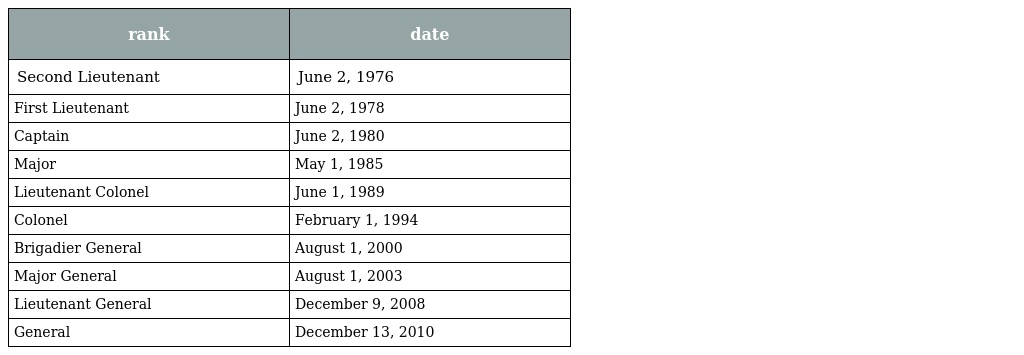
| rank | date |
 | --- | --- |
 | Second Lieutenant | June 2, 1976 |
 | First Lieutenant | June 2, 1978 |
 | Captain | June 2, 1980 |
 | Major | May 1, 1985 |
 | Lieutenant Colonel | June 1, 1989 |
 | Colonel | February 1, 1994 |
 | Brigadier General | August 1, 2000 |
 | Major General | August 1, 2003 |
 | Lieutenant General | December 9, 2008 |
 | General | December 13, 2010 |